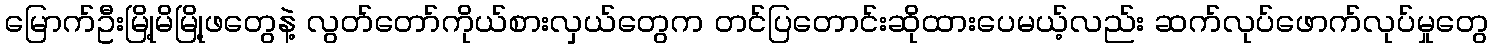
မြောက်ဦးမြို့မိမြို့ဖတွေနဲ့ လွတ်တော်ကိုယ်စားလှယ်တွေက တင်ပြတောင်းဆိုထားပေမယ့်လည်း ဆက်လုပ်ဖောက်လုပ်မှုတွေ